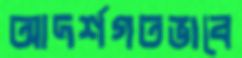
আদর্শগতভাবে